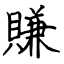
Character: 賺